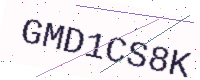
Text: GMD1CS8K